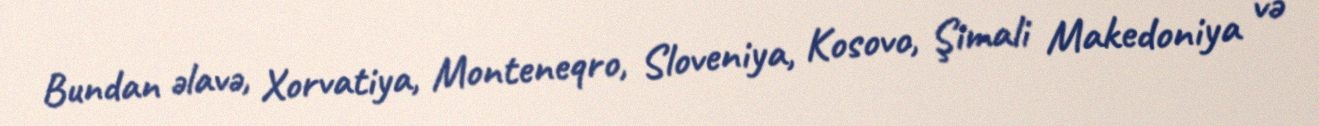
Bundan əlavə, Xorvatiya, Monteneqro, Sloveniya, Kosovo, Şimali Makedoniya və